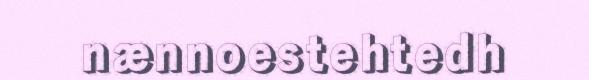
nænnoestehtedh